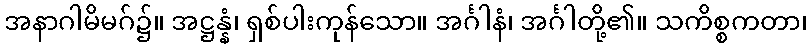
အနာဂါမိမဂ်၌။ အဋ္ဌန္နံ၊ ရှစ်ပါးကုန်သော။ အင်္ဂါနံ၊ အင်္ဂါတို့၏။ သကိစ္စကတာ၊